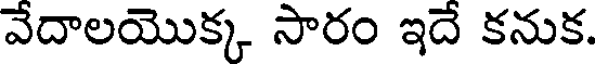
వేదాలయొక్క సారం ఇదే కనుక.